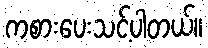
ကစားပေးသင့်ပါတယ်။